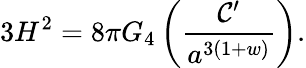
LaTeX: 3H^{2}=8\pi G_{4}\left(\frac{{\cal C}^{\prime}}{a^{3(1+w)}}\right).